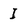
Character: I